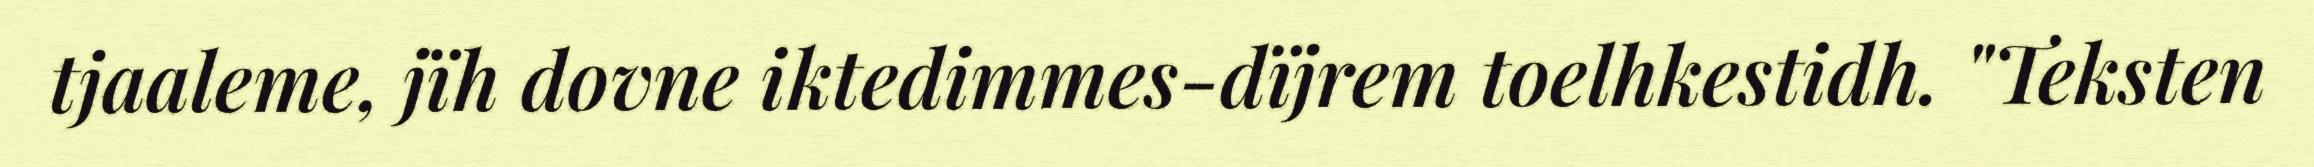
tjaaleme, jïh dovne iktedimmes-dïjrem toelhkestidh. "Teksten